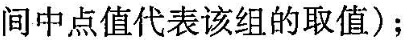
间中点值代表该组的取值)；